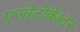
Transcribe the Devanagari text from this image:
एजोटोबैक्टर